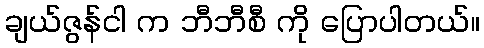
ချယ်ဇွန်ငါ က ဘီဘီစီ ကို ပြောပါတယ်။